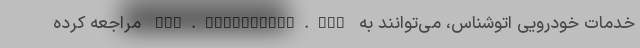
خدمات خودرویی اتوشناس، می‌توانند به www.autoshenas.com مراجعه کرده